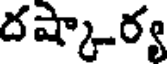
దష్కార్య